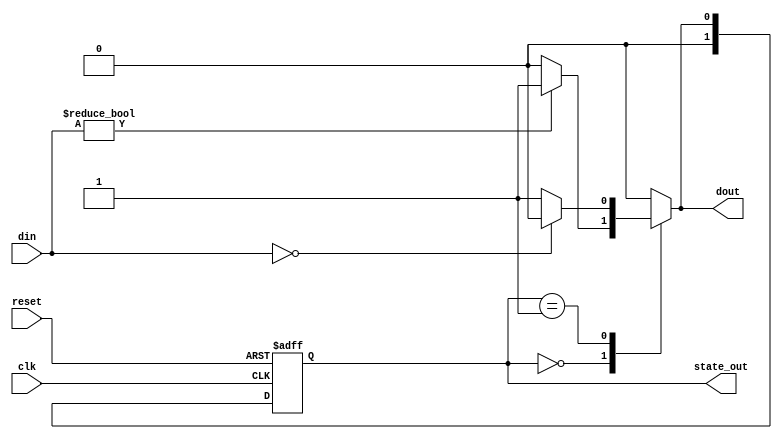
module Mealy_FSM #(
    parameter N = 4                  // Parameter for N-bit input
)(
    input wire clk,                 // Clock signal
    input wire reset,               // Asynchronous reset signal
    input wire [N-1:0] din,         // N-bit input data
    output reg [1:0] state_out,     // Current state output (2 bits for 2 states)
    output reg dout                  // Output signal
);

    // State encoding
    localparam S0 = 2'b00;           // State 0
    localparam S1 = 2'b01;           // State 1

    // State register
    reg [1:0] current_state, next_state;

    // State transition logic (Mealy condition)
    always @(*) begin
        case (current_state)
            S0: begin
                if (din != 0) begin
                    next_state = S1; // Transition to state S1 if input is non-zero
                    dout = 1;        // Output high when transitioning to S1
                end else begin
                    next_state = S0; // Stay in state S0
                    dout = 0;        // Output low in state S0
                end
            end
            S1: begin
                if (din == 0) begin
                    next_state = S0; // Transition back to state S0 if input is zero
                    dout = 0;        // Output low when transitioning to S0
                end else begin
                    next_state = S1; // Stay in state S1
                    dout = 1;        // Output high in state S1
                end
            end
            default: begin
                next_state = S0; // Default state
                dout = 0;        // Default output
            end
        endcase
    end

    // State register update on clock edge
    always @(posedge clk or posedge reset) begin
        if (reset) begin
            current_state <= S0; // Reset to state S0
        end else begin
            current_state <= next_state; // Update current state
        end
    end

    // Output current state
    always @(*) begin
        state_out = current_state;
    end

endmodule